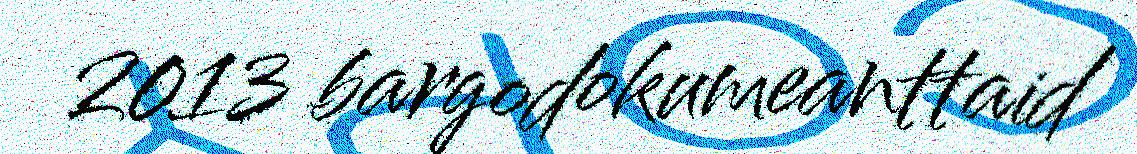
2013 bargodokumeanttaid